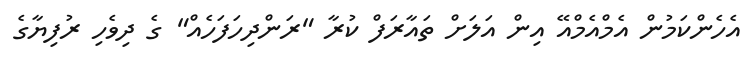
އެހެންކަމުން އެމްއެމްއޭ އިން އަލަށް ތައާރަފް ކުރާ "ރަންދިހަފަހެއް" ގެ ދިވެހި ރުފިޔާގެ